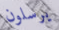
يرسلون